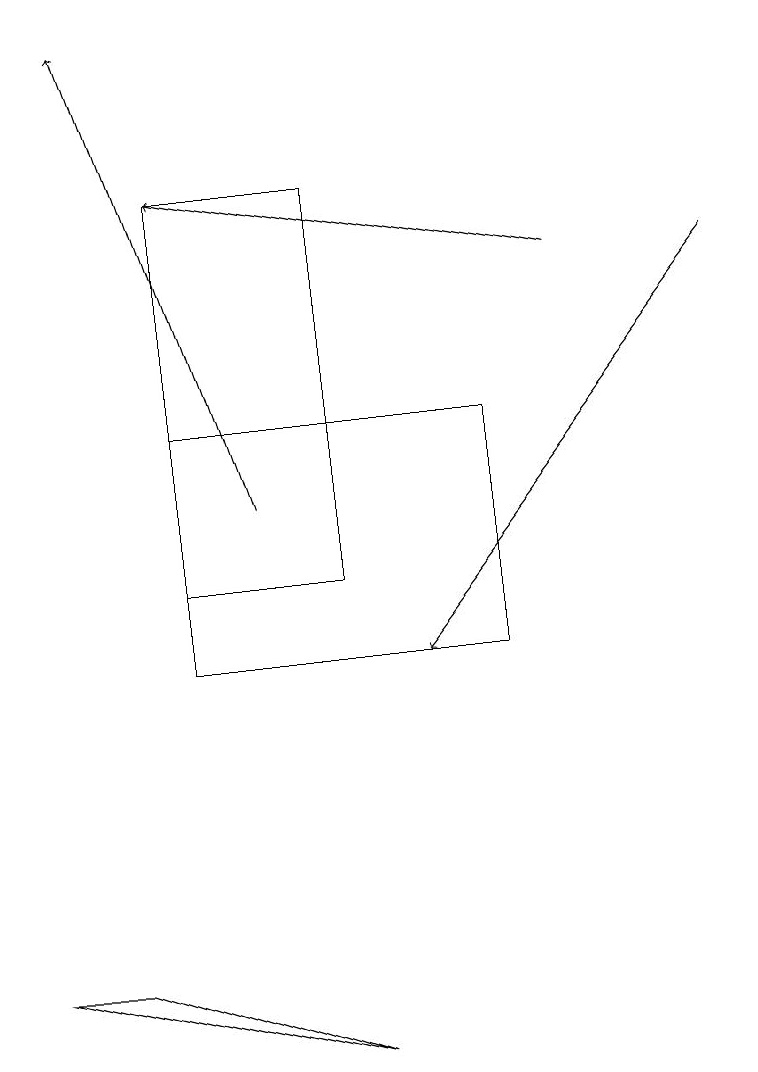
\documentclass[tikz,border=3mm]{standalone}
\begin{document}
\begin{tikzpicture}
\draw (4,17) rectangle (2,12);
\draw[->] (3,13) -- (1,19);
\draw (4,6) -- (0,7) -- (1,7) -- cycle;
\draw[->] (9,16) -- (5,11);
\draw (2,11) rectangle (6,14);
\draw[->] (7,16) -- (2,17);
\draw (4,13) rectangle (4,16);
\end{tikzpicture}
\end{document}